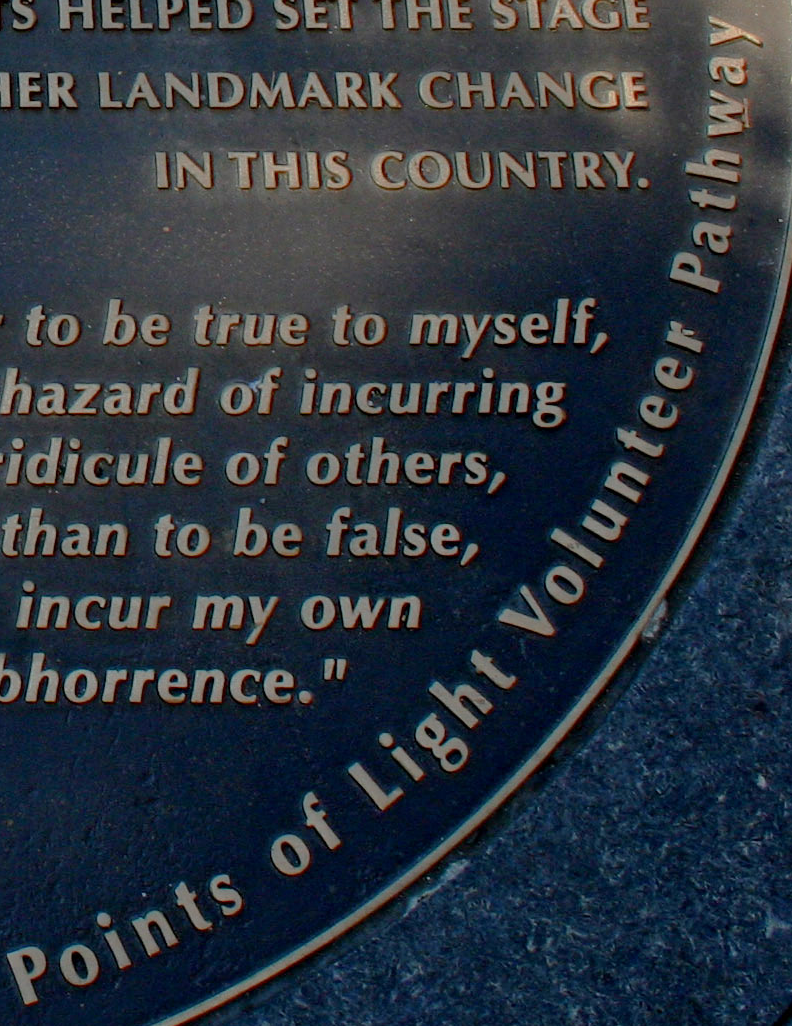
Points of Light Volunteer Pathway